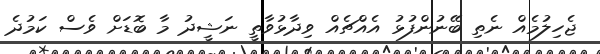
ޖެހިލުމެއް ނެތި ބޭނުންފުޅު އެއްޗެއް ވިދާޅުވާތީ ނަޝީދު މާ ބޮޑަށް ވެސް ކަމުދެ